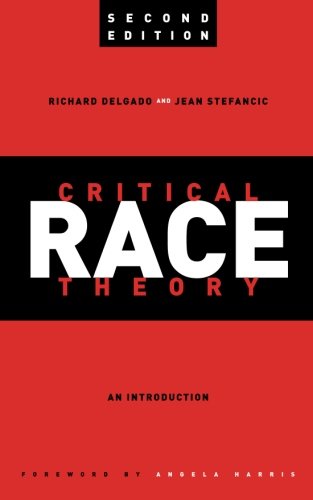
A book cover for Critical Race Theory: An Introduction, Second Edition (Critical America); Richard Delgado; Law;